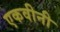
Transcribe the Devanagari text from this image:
एकवीनी